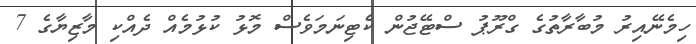
ހިމެނޭއިރު މުބާރާތުގެ ގްރޫޕު ސްޓޭޖުން ކެޓިނަމަވެސް މޮޅު ކުޅުމެއް ދެއްކި މާޒިޔާގެ 7